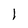
Character: l